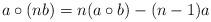
LaTeX: \begin{align*}a\circ (nb)=n(a\circ b)-(n-1)a\end{align*}